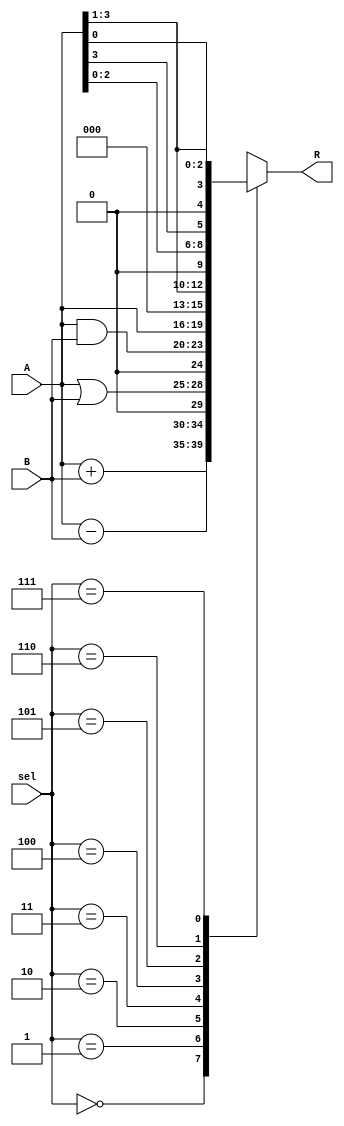
`timescale 1ns / 1ps
//////////////////////////////////////////////////////////////////////////////////
// Company: 
// Engineer: 
// 
// Design Name: 
// Module Name: ALU_8BIT
// Project Name: 
// Target Devices: 
// Tool Versions: 
// Description: 
// 
// Dependencies: 
// 
// Revision:
// Revision 0.01 - File Created
// Additional Comments:
// 
//////////////////////////////////////////////////////////////////////////////////



module ALU(  input [3:0]A,
             input [3:0]B,
             input [2:0]sel,
             output [4:0]R
             
         );
        wire [3:0]Reg1;
        wire [3:0]Reg2; 
        reg  [4:0]Reg3;
        assign Reg1 = A; 
        assign Reg2 = B;
        assign R = Reg3;
       always @(sel,Reg1,Reg2,Reg3)
        begin
            case (sel)
             0 : Reg3 = Reg1 + Reg2; 
             1 : Reg3 = Reg1 - Reg2;
             2 : Reg3 = Reg1 | Reg2;        
             3 : Reg3 = Reg1 & Reg2;  
             4 : Reg3 = Reg1<<1;
             5 : Reg3 = Reg1>>1;
             6 : Reg3 = {Reg1[2:0],Reg1[3]};
             7 : Reg3 = {Reg1[0], Reg1[3:1]};
            endcase 
        end
        
    endmodule